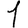
Digit: 1